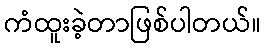
ကံထူးခဲ့တာဖြစ်ပါတယ်။